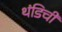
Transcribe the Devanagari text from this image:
थंडिची